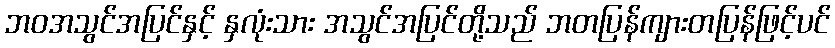
ဘဝအသွင်အပြင်နှင့် နှလုံးသား အသွင်အပြင်တို့သည် ဘတပြန်ကျားတပြန်ဖြင့်ပင်